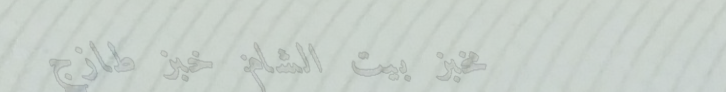
مخبز بيت الشام: خبز طازج